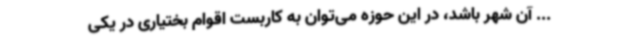
... آن شهر باشد، در این حوزه می‌توان به کاربست اقوام بختیاری در یکی